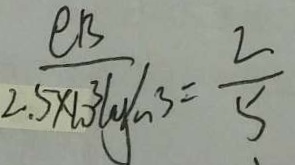
\frac { e B } { 2 . 5 \times 1 0 ^ { 3 } l y / n ^ { 3 } } = \frac { 2 } { 5 }